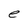
Character: e